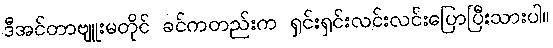
ဒီအင်တာဗျူးမတိုင် ခင်ကတည်းက ရှင်းရှင်းလင်းလင်းပြောပြီးသားပါ။